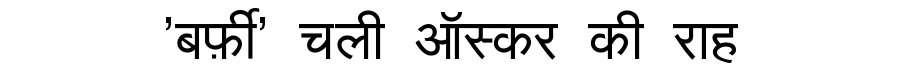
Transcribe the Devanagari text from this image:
'बर्फ़ी' चली ऑस्कर की राह